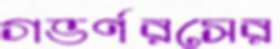
গভর্ণরসের